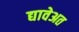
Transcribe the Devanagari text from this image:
द्यावेअत